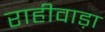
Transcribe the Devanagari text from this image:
राहीवाड़ा